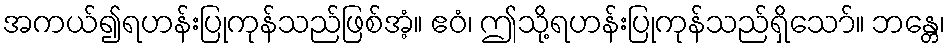
အကယ်၍ရဟန်းပြုကုန်သည်ဖြစ်အံ့။ ဧဝံ၊ ဤသို့ရဟန်းပြုကုန်သည်ရှိသော်။ ဘန္တေ၊